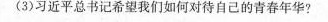
(3)习近平总书记希望我们如何对待自己的青春年华?